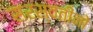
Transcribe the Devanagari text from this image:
सरस्वतीनो